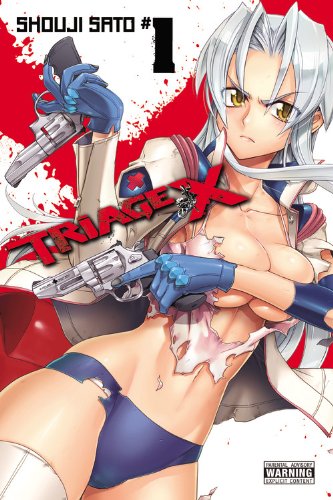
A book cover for Triage X, Vol. 1; Comics & Graphic Novels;